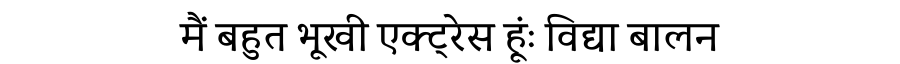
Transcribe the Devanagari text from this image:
मैं बहुत भूखी एक्ट्रेस हूंः विद्या बालन